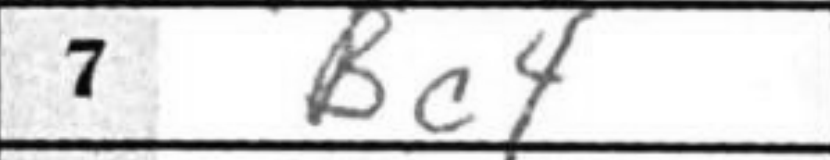
Transcription: Bc4